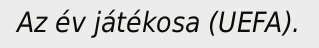
Az év játékosa (UEFA).